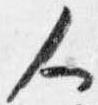
人